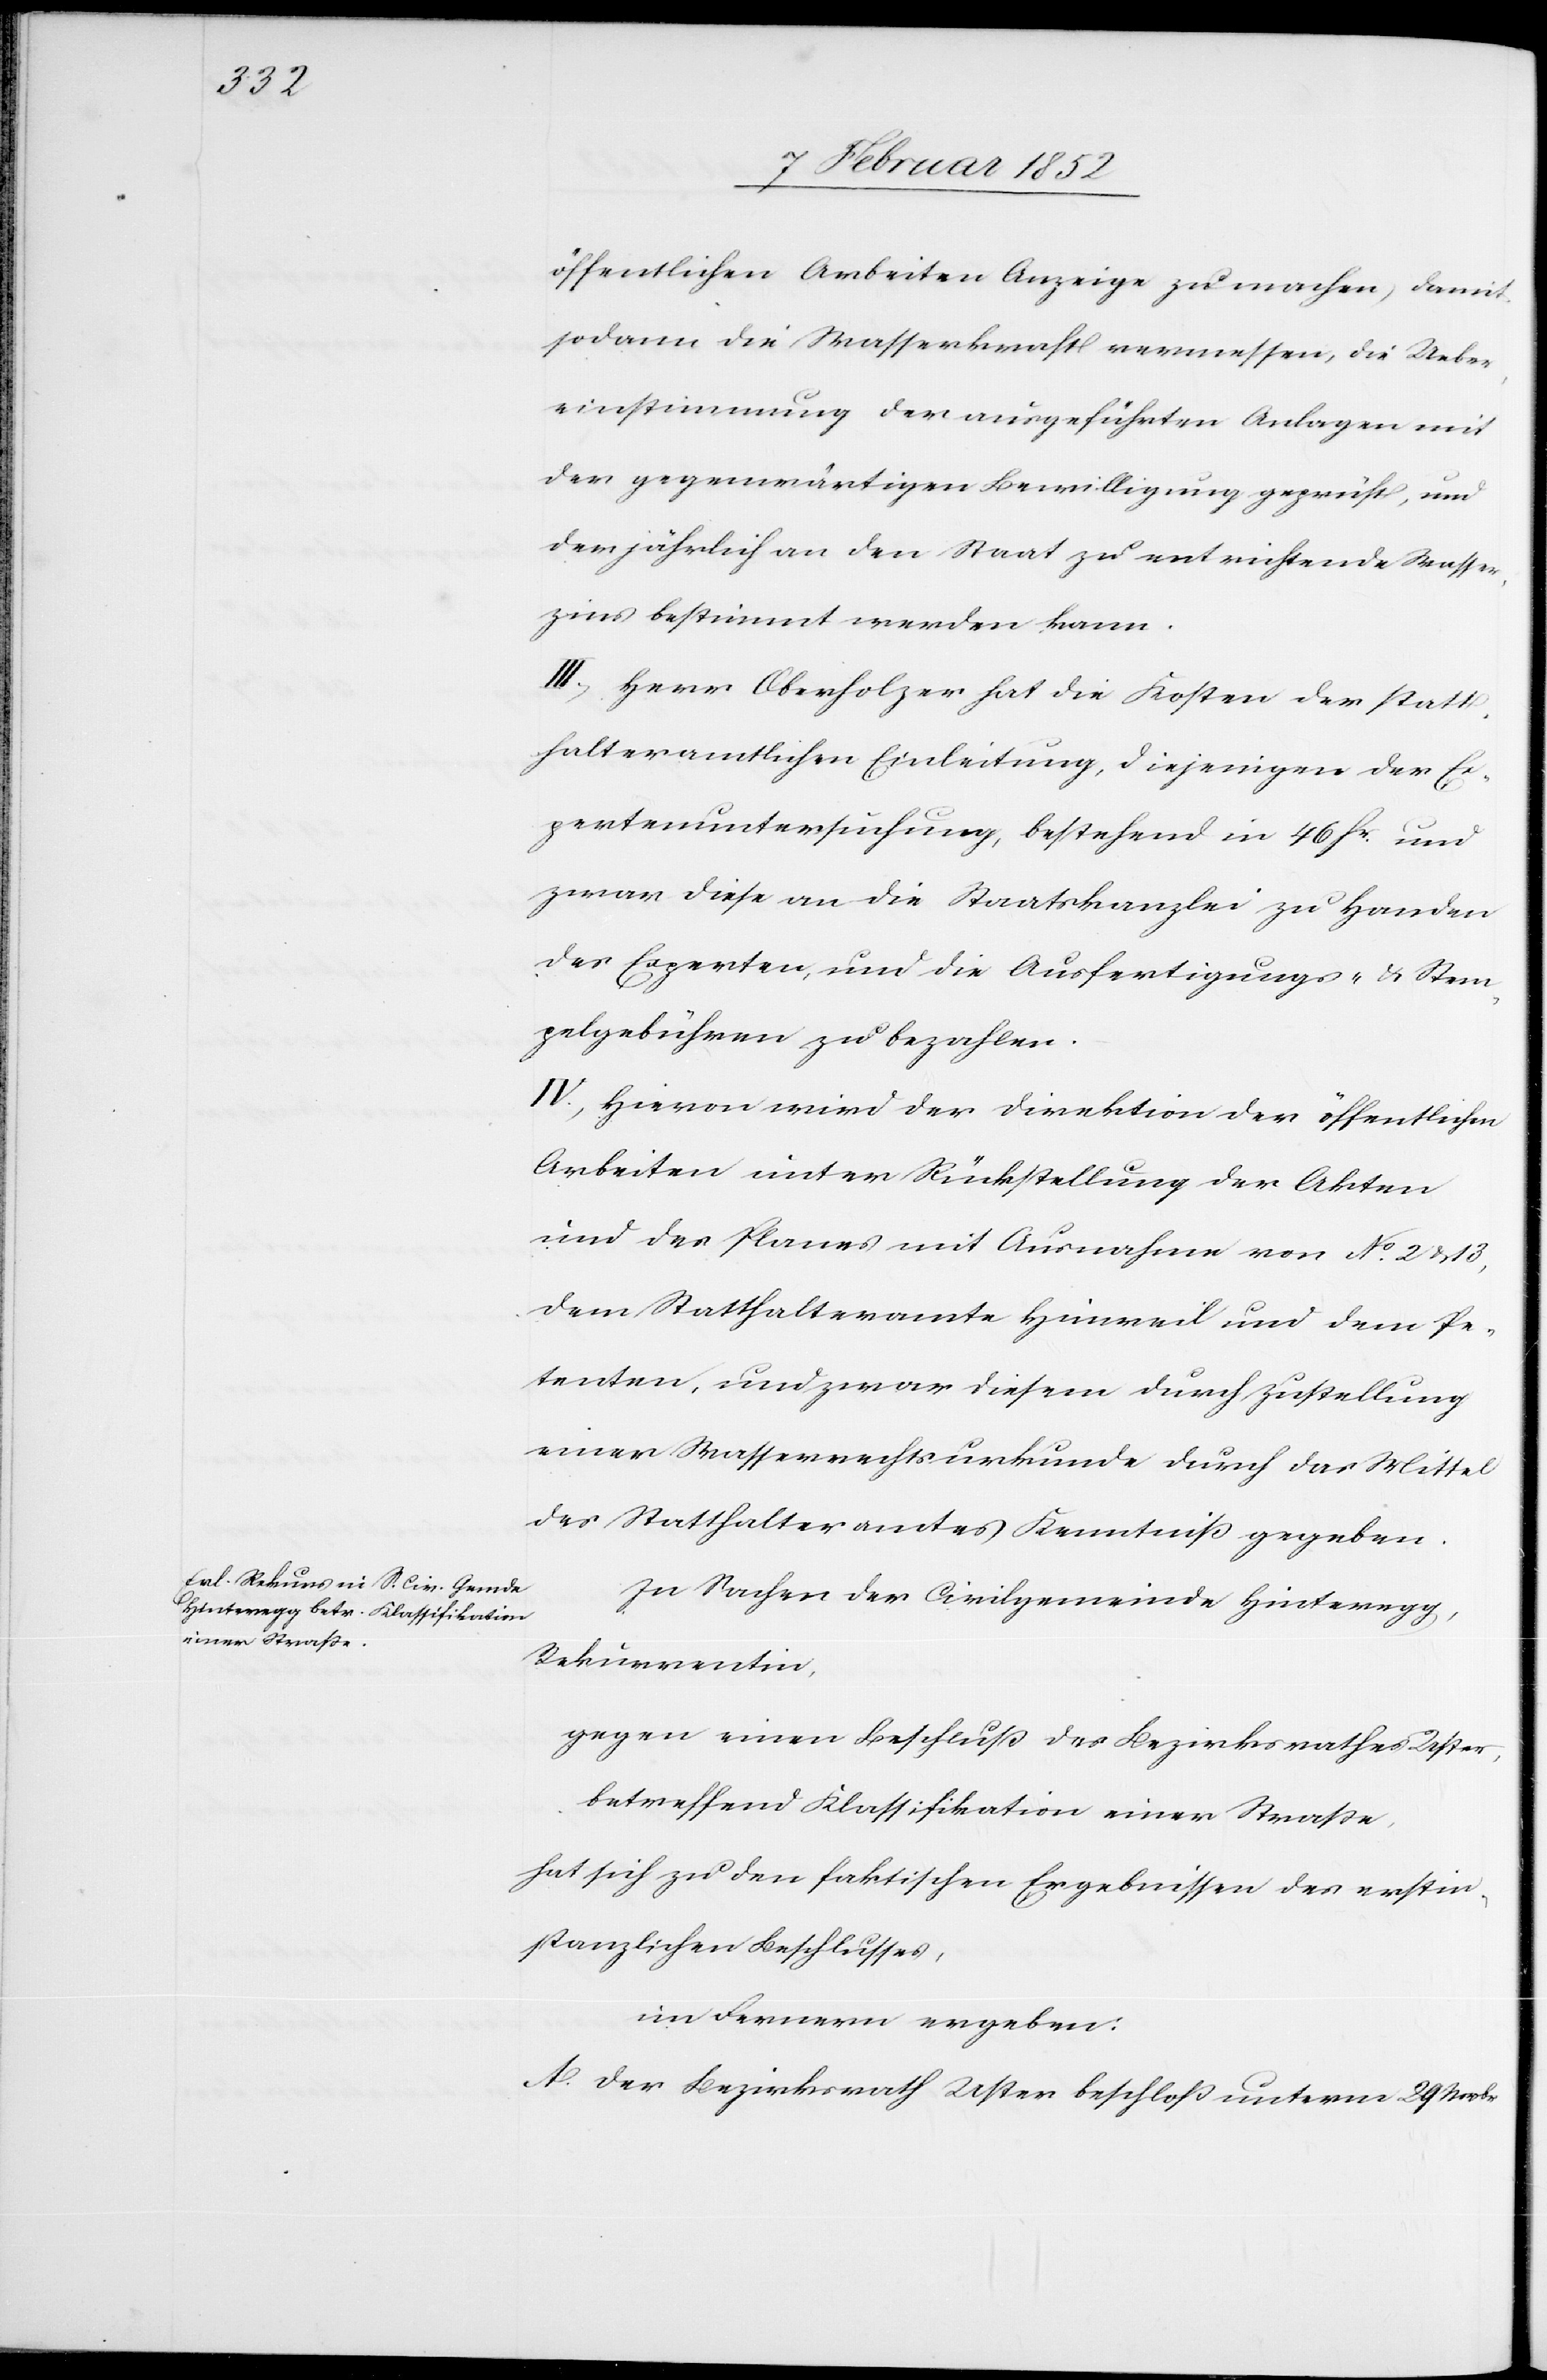
öffentlichen Arbeiten Anzeige zu machen, damit
sodann die Wasserkraft vermessen, die Ueber¬
einstimmung der ausgeführten Anlagen mit
der gegenwärtigen Bewilligung geprüft, und
der jährlich an den Staat zu entrichtende Wasser¬
zins bestimmt werden kann.
III.) Herr Oberholzer hat die Kosten der statt¬
halteramtlichen Einleitung, diejenigen der Ex¬
pertenuntersuchung, bestehend in 46 Fr. und
zwar diese an die Staatskanzlei zu Handen
der Experten, und die Ausfertigungs- u. Stem¬
pelgebühren zu bezahlen.
IV.) Hiervon wird der Direktion der öffentlichen
Arbeiten unter Rückstellung der Akten
und des Planes mit Ausnahme von No. 2 u. 13,
dem Statthalteramte Hinweil und dem Pe¬
tenten, und zwar diesem durch Zustellung
einer Wasserrechtsurkunde durch das Mittel
des Statthalteramtes Kenntniß gegeben.
In Sachen der Civilgemeinde Hinteregg,
Rekurrentin,
gegen einen Beschluß des Bezirksrathes Uster,
betreffend Klassifikation einer Straße,
hat sich zu den faktischen Ergebnissen des erstin¬
stanzlichen Beschlusses,
im Fernern ergeben:
A. Der Bezirksrath Uster beschloß unterm 29 Novbr